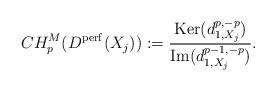
LaTeX: \begin{align*} CH^{M}_{p}(D^{\mathrm{perf}}(X_{j})) := \dfrac{\mathrm{Ker}(d_{1,X_{j}}^{p,-p})}{\mathrm{Im}(d_{1,X_{j}}^{p-1,-p})}.\end{align*}